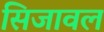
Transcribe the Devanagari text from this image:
सिजावल